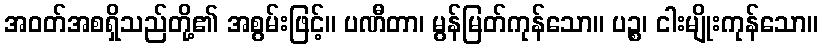
အဝတ်အစရှိသည်တို့၏ အစွမ်းဖြင့်။ ပဏီတာ၊ မွန်မြတ်ကုန်သော။ ပဉ္စ၊ ငါးမျိုးကုန်သော။